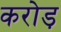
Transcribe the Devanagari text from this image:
करोड़